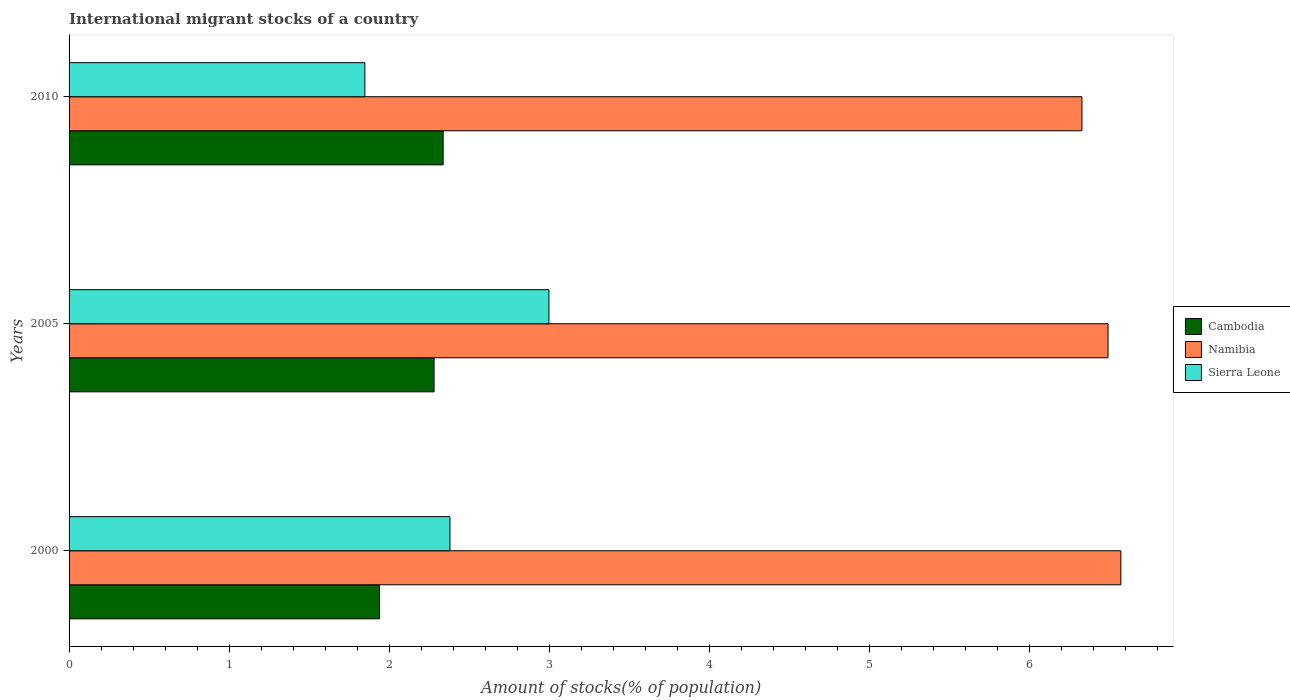
| Years | Cambodia | Namibia | Sierra Leone |
 | --- | --- | --- | --- |
 | 2000 | 1.94 | 6.57 | 2.38 |
 | 2005 | 2.28 | 6.49 | 3 |
 | 2010 | 2.34 | 6.33 | 1.85 |